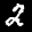
Label: 2